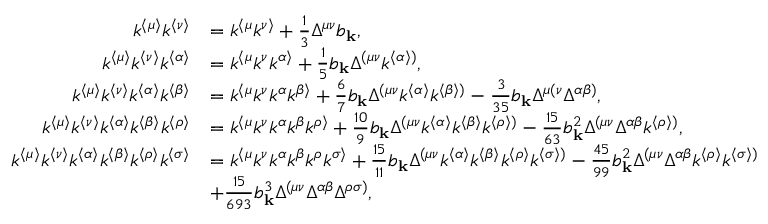
\begin{array} { r l } { k ^ { \langle \mu \rangle } k ^ { \langle \nu \rangle } } & { = k ^ { \langle \mu } k ^ { \nu \rangle } + \frac { 1 } { 3 } \Delta ^ { \mu \nu } b _ { \mathbf { k } } , } \\ { k ^ { \langle \mu \rangle } k ^ { \langle \nu \rangle } k ^ { \langle \alpha \rangle } } & { = k ^ { \langle \mu } k ^ { \nu } k ^ { \alpha \rangle } + \frac { 1 } { 5 } b _ { \mathbf { k } } \Delta ^ { ( \mu \nu } k ^ { \langle \alpha \rangle ) } , } \\ { k ^ { \langle \mu \rangle } k ^ { \langle \nu \rangle } k ^ { \langle \alpha \rangle } k ^ { \langle \beta \rangle } } & { = k ^ { \langle \mu } k ^ { \nu } k ^ { \alpha } k ^ { \beta \rangle } + \frac { 6 } { 7 } b _ { \mathbf { k } } \Delta ^ { ( \mu \nu } k ^ { \langle \alpha \rangle } k ^ { \langle \beta \rangle ) } - \frac { 3 } { 3 5 } b _ { \mathbf { k } } \Delta ^ { \mu ( \nu } \Delta ^ { \alpha \beta ) } , } \\ { k ^ { \langle \mu \rangle } k ^ { \langle \nu \rangle } k ^ { \langle \alpha \rangle } k ^ { \langle \beta \rangle } k ^ { \langle \rho \rangle } } & { = k ^ { \langle \mu } k ^ { \nu } k ^ { \alpha } k ^ { \beta } k ^ { \rho \rangle } + \frac { 1 0 } { 9 } b _ { \mathbf { k } } \Delta ^ { ( \mu \nu } k ^ { \langle \alpha \rangle } k ^ { \langle \beta \rangle } k ^ { \langle \rho \rangle ) } - \frac { 1 5 } { 6 3 } b _ { \mathbf { k } } ^ { 2 } \Delta ^ { ( \mu \nu } \Delta ^ { \alpha \beta } k ^ { \langle \rho \rangle ) } , } \\ { k ^ { \langle \mu \rangle } k ^ { \langle \nu \rangle } k ^ { \langle \alpha \rangle } k ^ { \langle \beta \rangle } k ^ { \langle \rho \rangle } k ^ { \langle \sigma \rangle } } & { = k ^ { \langle \mu } k ^ { \nu } k ^ { \alpha } k ^ { \beta } k ^ { \rho } k ^ { \sigma \rangle } + \frac { 1 5 } { 1 1 } b _ { \mathbf { k } } \Delta ^ { ( \mu \nu } k ^ { \langle \alpha \rangle } k ^ { \langle \beta \rangle } k ^ { \langle \rho \rangle } k ^ { \langle \sigma \rangle ) } - \frac { 4 5 } { 9 9 } b _ { \mathbf { k } } ^ { 2 } \Delta ^ { ( \mu \nu } \Delta ^ { \alpha \beta } k ^ { \langle \rho \rangle } k ^ { \langle \sigma \rangle ) } } \\ & { + \frac { 1 5 } { 6 9 3 } b _ { \mathbf { k } } ^ { 3 } \Delta ^ { ( \mu \nu } \Delta ^ { \alpha \beta } \Delta ^ { \rho \sigma ) } , } \end{array}